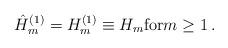
LaTeX: \begin{align*}\hat{H}_m^{(1)} = {H}_m^{(1)} \equiv H_m {\rm for}m\geq 1\,. \end{align*}